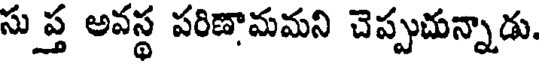
సుప్త అవస్థ పరిణామమని చెప్పుచున్నాడు.